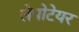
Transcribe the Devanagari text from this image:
लेपोटेयर